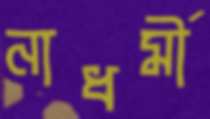
নাধর্মী